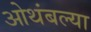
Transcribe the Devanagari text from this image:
ओथंबल्या